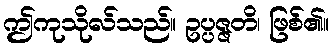
ဤကုသိုလ်သည်။ ဥပ္ပဇ္ဇတိ၊ ဖြစ်၏။